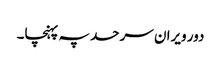
دور ویران سرحد پہ پہنچا۔